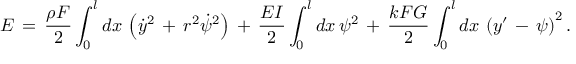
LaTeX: E \, = \, \frac { \rho F } { 2 } \int _ { 0 } ^ { l } d x \, \left( \dot { y } ^ { 2 } \, + \, r ^ { 2 } \dot { \psi } ^ { 2 } \right) \, + \, \frac { E I } { 2 } \int _ { 0 } ^ { l } d x \, \psi ^ { 2 } \, + \, \frac { k F G } { 2 } \int _ { 0 } ^ { l } d x \, \left( y ^ { \prime } \, - \, \psi \right) ^ { 2 } .